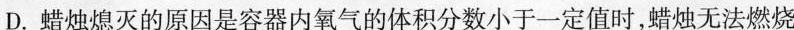
D.蜡烛熄灭的原因是容器内氧气的体积分数小于一定值时，蜡烛无法燃烧